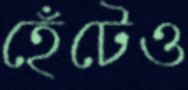
হেঁটেও